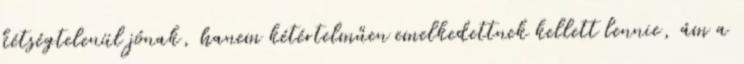
kétségtelenül jónak, hanem kétértelműen emelkedettnek kellett lennie, ám a